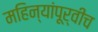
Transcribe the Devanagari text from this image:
महिन्यांपूर्वीच